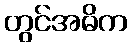
တွင်အဓိက